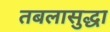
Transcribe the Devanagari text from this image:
तबलासुद्धा